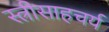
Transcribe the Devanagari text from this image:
स्त्रीसाहचर्य